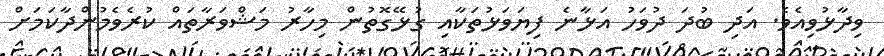
ވިދާޅުވިއެވެ. އަދި ބުދަ ދުވަހު އަޅާނެ ފިޔަވަޅުތަކާއި ގުޅޭގޮތުން މިހާރު މަޝްވަރާތައް ކުރެވެމުންދާކަމަށް